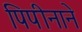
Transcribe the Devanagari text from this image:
पिपीनाने